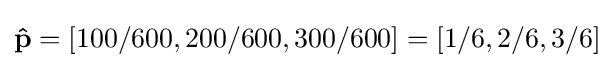
\mathbf {\hat {p}} =[100/600,200/600,300/600]=[1/6,2/6,3/6]